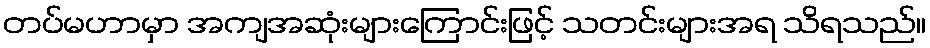
တပ်မဟာမှာ အကျအဆုံးများကြောင်းဖြင့် သတင်းများအရ သိရသည်။